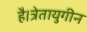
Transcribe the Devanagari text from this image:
है।त्रेतायुगीन